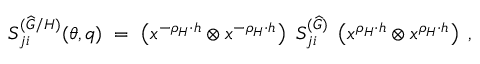
S _ { j i } ^ { ( { \widehat G } / H ) } ( \theta , q ) ~ = ~ \left( x ^ { - \rho _ { H } \cdot h } \otimes x ^ { - \rho _ { H } \cdot h } \right) ~ S _ { j i } ^ { ( { \widehat G } ) } ~ \left( x ^ { \rho _ { H } \cdot h } \otimes x ^ { \rho _ { H } \cdot h } \right) \ ,